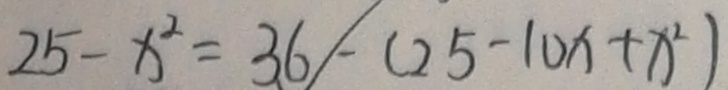
2 5 - x ^ { 2 } = 3 6 - ( 2 5 - 1 0 x + x ^ { 2 } )